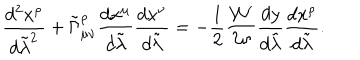
{ \frac { d ^ { 2 } x ^ { \rho } } { d \tilde { \lambda } ^ { 2 } } } + \tilde { \Gamma } _ { \mu \nu } ^ { \rho } { \frac { d x ^ { \mu } } { d \tilde { \lambda } } } { \frac { d x ^ { \nu } } { d \tilde { \lambda } } } = - { \frac { 1 } { 2 } } { \frac { { \cal W } ^ { \prime } } { \cal W } } { \frac { d y } { d \tilde { \lambda } } } { \frac { d x ^ { \rho } } { d \tilde { \lambda } } } .